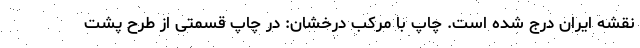
نقشه ایران درج شده است. چاپ با مرکب درخشان: در چاپ قسمتی از طرح پشت